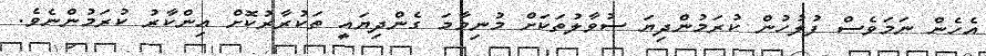
އެހެން ނަމަވެސް ފުލުހުން ކުރަމުންދިޔަ ސުވާލުތަކަށް މުނިމާމަ ގެންދިޔައީ ތަކުރާރުކޮށް އިންކާރު ކުރަމުންނެވެ.